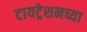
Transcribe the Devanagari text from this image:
टायट्रेशनच्या